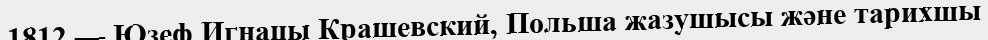
1812 — Юзеф Игнацы Крашевский, Польша жазушысы және тарихшы